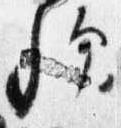
歟